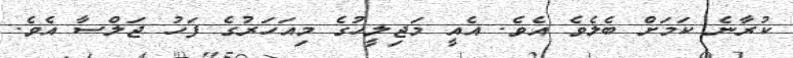
ކުރާނެ ކަމަށް ބެލެވެ އެވެ. އެެއީ މަޖިލީހުގެ މިއަހަރުގެ ފަހު ޖަލްސާ އެވެ.